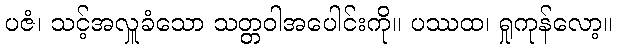
ပဇံ၊ သင့်အလှူခံသော သတ္တဝါအပေါင်းကို။ ပဿထ၊ ရှုကုန်လော့။